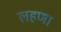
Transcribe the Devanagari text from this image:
लहणा